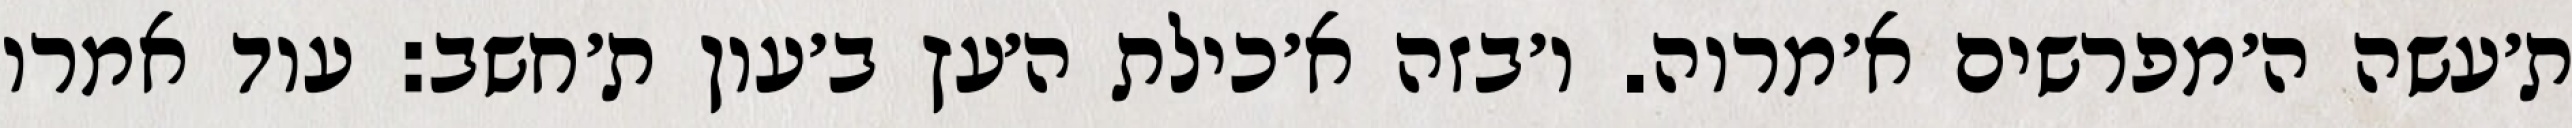
ת׳עשה ה׳מפרשים א׳מרוה. ו׳בזה א׳כילת ה׳עץ ב׳עון ת׳חשב: עוד אמרו